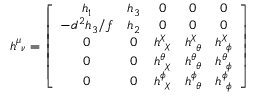
h _ { ~ \nu } ^ { \mu } = \left[ \begin{array} { c c c c c } { { h _ { 1 } } } & { { h _ { 3 } } } & { { 0 } } & { { 0 } } & { { 0 } } \\ { { - d ^ { 2 } h _ { 3 } / f } } & { { h _ { 2 } } } & { { 0 } } & { { 0 } } & { { 0 } } \\ { { 0 } } & { { 0 } } & { { h _ { ~ \chi } ^ { \chi } } } & { { h _ { ~ \theta } ^ { \chi } } } & { { h _ { ~ \phi } ^ { \chi } } } \\ { { 0 } } & { { 0 } } & { { h _ { ~ \chi } ^ { \theta } } } & { { h _ { ~ \theta } ^ { \theta } } } & { { h _ { ~ \phi } ^ { \theta } } } \\ { { 0 } } & { { 0 } } & { { h _ { ~ \chi } ^ { \phi } } } & { { h _ { ~ \theta } ^ { \phi } } } & { { h _ { ~ \phi } ^ { \phi } } } \end{array} \right]